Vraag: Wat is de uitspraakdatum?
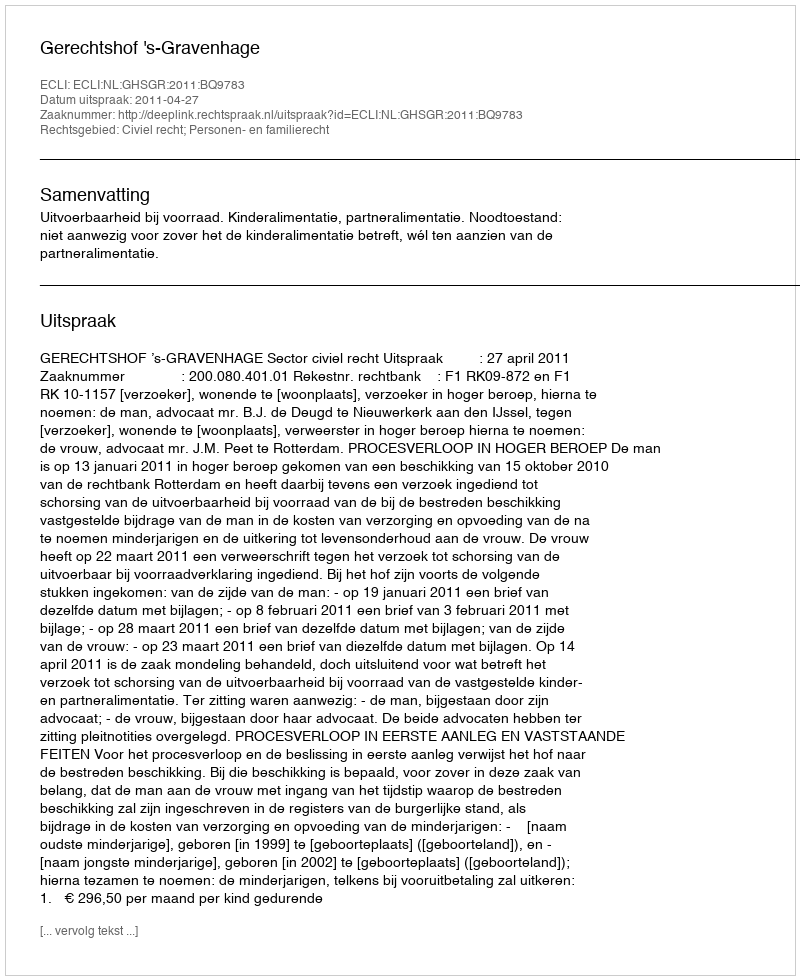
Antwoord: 2011-04-27